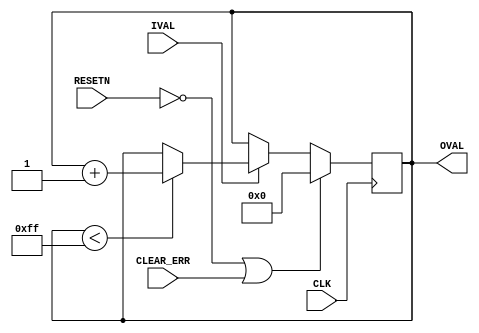

// Copyright (C) Akira Higuchi  ( https://github.com/ahiguti )
// Copyright (C) DeNA Co.,Ltd. ( https://dena.com )
// All rights reserved.
// See COPYRIGHT.txt for details


module err_counter(
input CLK,
input RESETN,
input CLEAR_ERR,
input IVAL,
output [7:0] OVAL
);

reg [7:0] oval;

assign OVAL = oval;

always @(posedge CLK) begin
    if (!RESETN || CLEAR_ERR) begin
        oval <= 0;
    end else begin
        if (IVAL) begin
            if (oval < 255) oval <= oval + 1;
        end
    end
end

endmodule